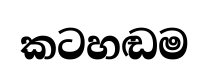
කටහඬම